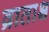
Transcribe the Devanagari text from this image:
व्राताश्च